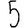
Digit: 5